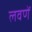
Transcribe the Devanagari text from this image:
लवणें